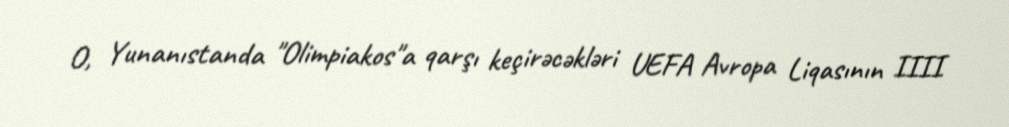
O, Yunanıstanda "Olimpiakos"a qarşı keçirəcəkləri UEFA Avropa Liqasının IIII